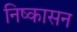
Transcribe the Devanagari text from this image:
निष्‍कासन